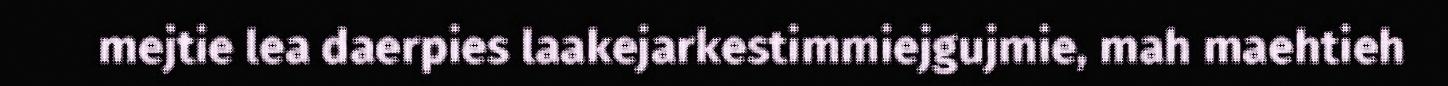
mejtie lea daerpies laakejarkestimmiejgujmie, mah maehtieh